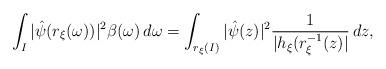
LaTeX: \begin{align*}\int_I | \hat{\psi}(r_{\xi}(\omega)) |^2 \beta(\omega)\,d\omega = \int_{r_{\xi}(I)} | \hat{\psi}(z) |^2 \frac{1}{| h_{\xi}(r_{\xi}^{-1}(z) |} \,dz,\end{align*}